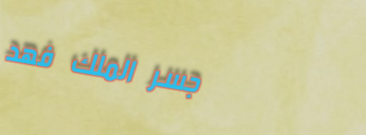
جسر الملك فهد